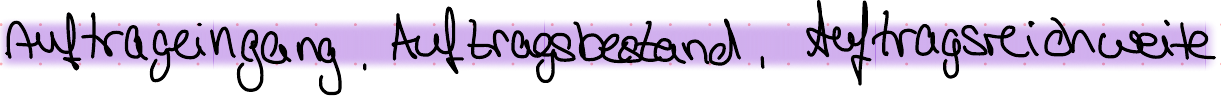
Auftrageingang, Auftragsbestand, Auftragsreichweite